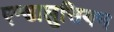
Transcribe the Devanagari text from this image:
एन्डालुसियन